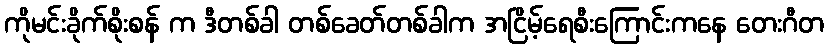
ကိုမင်းခိုက်စိုးစန် က ဒီတစ်ခါ တစ်ခေတ်တစ်ခါက အငြိမ့်ရေစီးကြောင်းကနေ တေးဂီတ